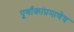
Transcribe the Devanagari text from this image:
पूर्णांकांप्रमाणेच